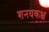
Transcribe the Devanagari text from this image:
शनयकक्ष